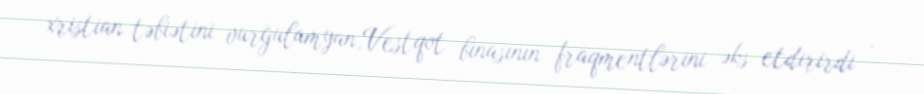
xristian təbiətini vurğulamyan,Vestqot binasının fraqmentlərini əks etdirirdi .